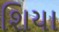
શિયા